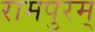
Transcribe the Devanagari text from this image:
रामपुरम्